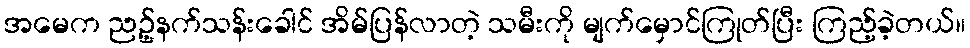
အမေက ညဥ့်နက်သန်းခေါင် အိမ်ပြန်လာတဲ့ သမီးကို မျက်မှောင်ကြုတ်ပြီး ကြည့်ခဲ့တယ်။